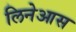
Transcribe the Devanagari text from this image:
लिनेआस